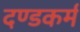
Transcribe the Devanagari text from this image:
दण्डकर्म